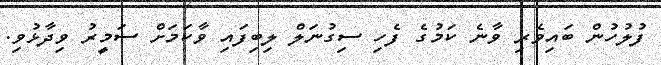
ފުލުހުން ބައިވެރި ވާނެ ކަމުގެ ފެހި ސިގުނަލް ލިބިފައި ވާކަމަށް ސަމީރު ވިދާޅުވި.